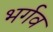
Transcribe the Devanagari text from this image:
भर्गव